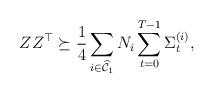
LaTeX: \begin{align*} ZZ^\top \succeq \frac{1}{4}\sum_{i \in \widehat{\mathcal{C}}_1 } N_i \sum_{t=0}^{T-1} {\Sigma}_{t}^{(i)},\end{align*}